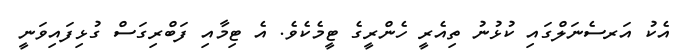
އެކު އަރސެނަލްގައި ކުޅުނު ތިއެރީ ހެންރީގެ ޓީމެކެވެ. އެ ޓިމާއި ފަބްރިގަސް ގުޅިފައިވަނީ